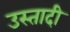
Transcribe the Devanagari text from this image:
उस्तादी